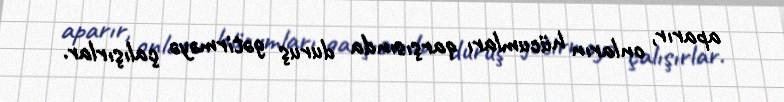
aparır, onların hücumları qarşısında duruş gətirməyə çalışırlar.